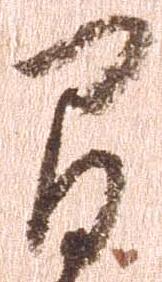
間